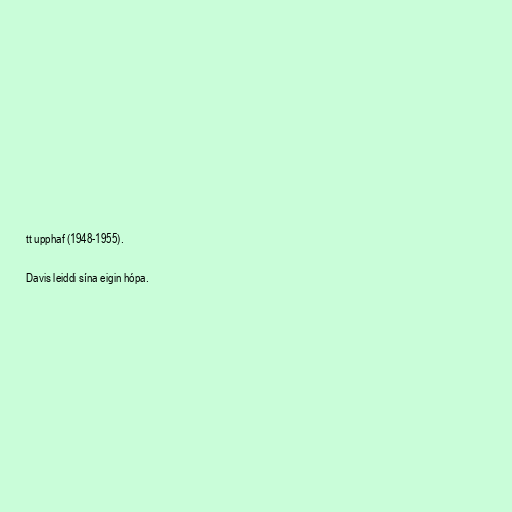
tt upphaf (1948-1955).

Davis leiddi sína eigin hópa.